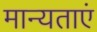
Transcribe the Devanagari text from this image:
मान्‍यताएं